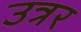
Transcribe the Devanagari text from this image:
उत्रर